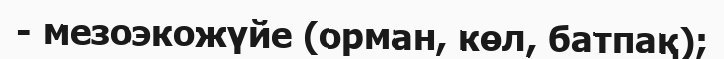
- мезоэкожүйе (орман, көл, батпақ);